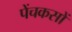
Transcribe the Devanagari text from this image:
पेंचकसों